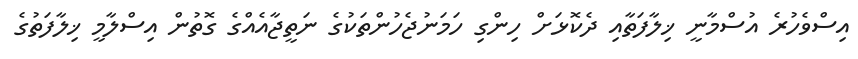
އިސްވެހުރެ އުސްމާނީ ޚިލާފަތާއި ދެކޮޅަށް ހިންގި ހަމަނުޖެހުންތަކުގެ ނަތީޖާއެއްގެ ގޮތުން އިސްލާމީ ޚިލާފަތުގެ